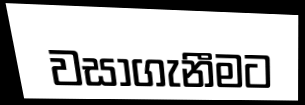
වසාගැනීමට